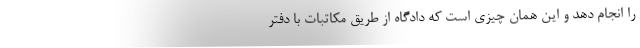
را انجام دهد و این همان چیزی است که دادگاه از طریق مکاتبات با دفتر